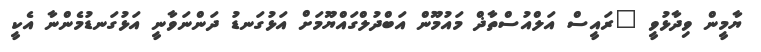
ޔާމީން ވިދާޅުވީ "ރައީސް އަލްއުސްތާޛް މައުމޫން އަބްދުލްގައްޔޫމަށް އަޅުގަނޑު ދަންނަވާނީ އަޅުގަނޑުމެންނާ އެކީ